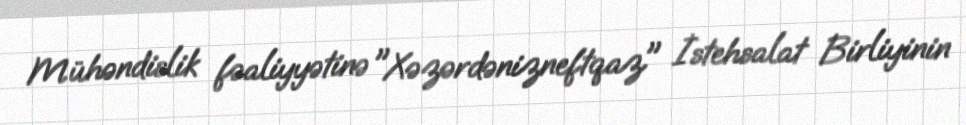
Mühəndislik fəaliyyətinə "Xəzərdənizneftqaz" İstehsalat Birliyinin